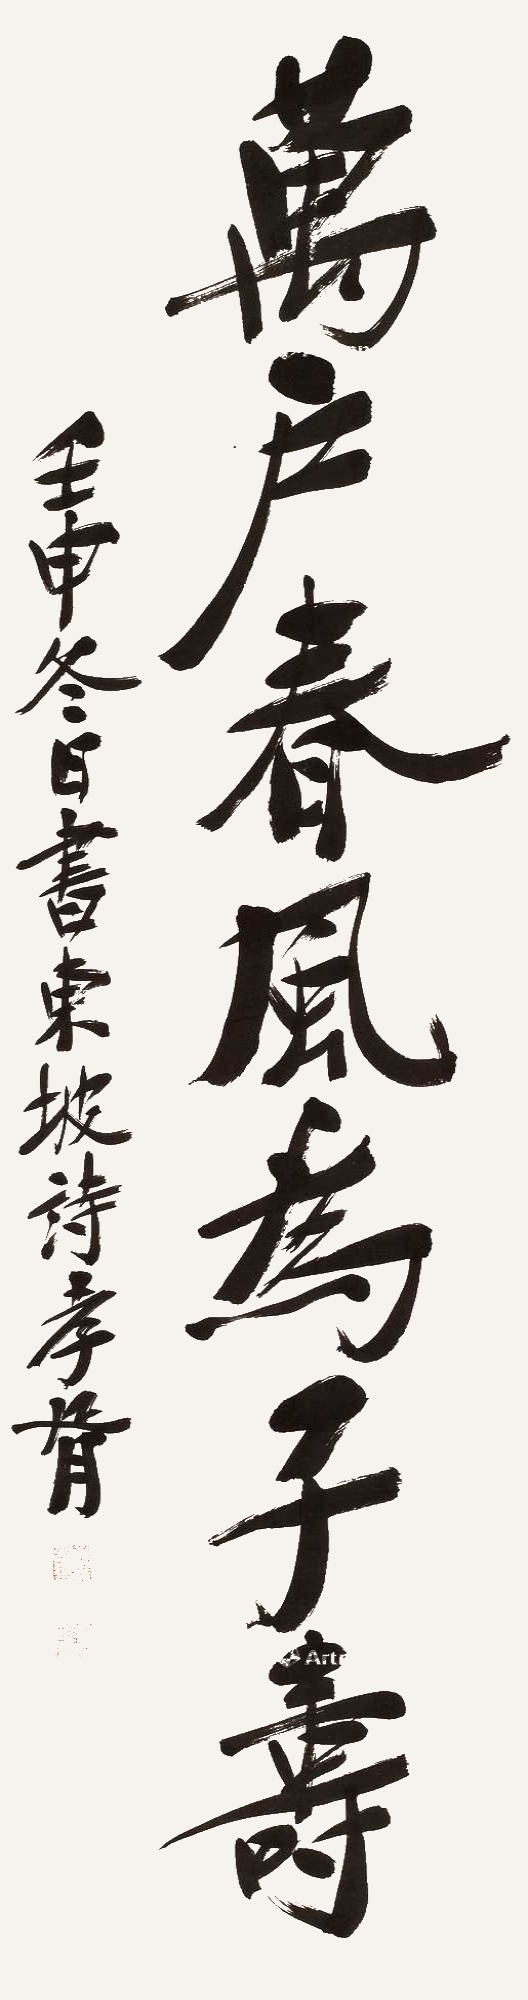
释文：万户春风为子寿。壬申冬日书东坡诗，孝胥。